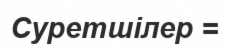
Суретшілер =